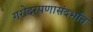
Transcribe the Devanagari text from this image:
गरोदरपणासंदर्भात